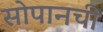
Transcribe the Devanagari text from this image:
सोपानची